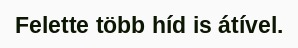
Felette több híd is átível.